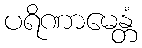
ပရိဏာမေန္တံ